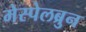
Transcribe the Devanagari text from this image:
मेस्पेलब्रुन